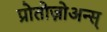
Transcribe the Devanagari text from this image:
प्रोतोज़ोअन्स्